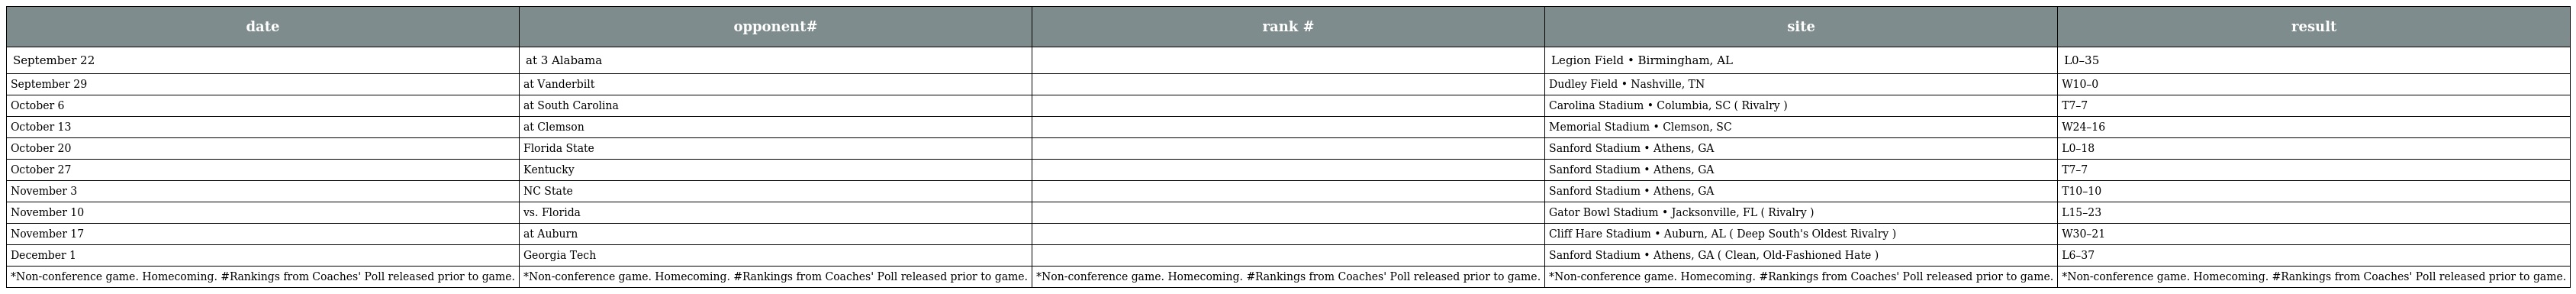
| date | opponent# | rank # | site | result |
 | --- | --- | --- | --- | --- |
 | September 22 | at 3 Alabama |  | Legion Field • Birmingham, AL | L0–35 |
 | September 29 | at Vanderbilt |  | Dudley Field • Nashville, TN | W10–0 |
 | October 6 | at South Carolina |  | Carolina Stadium • Columbia, SC ( Rivalry ) | T7–7 |
 | October 13 | at Clemson |  | Memorial Stadium • Clemson, SC | W24–16 |
 | October 20 | Florida State |  | Sanford Stadium • Athens, GA | L0–18 |
 | October 27 | Kentucky |  | Sanford Stadium • Athens, GA | T7–7 |
 | November 3 | NC State |  | Sanford Stadium • Athens, GA | T10–10 |
 | November 10 | vs. Florida |  | Gator Bowl Stadium • Jacksonville, FL ( Rivalry ) | L15–23 |
 | November 17 | at Auburn |  | Cliff Hare Stadium • Auburn, AL ( Deep South's Oldest Rivalry ) | W30–21 |
 | December 1 | Georgia Tech |  | Sanford Stadium • Athens, GA ( Clean, Old-Fashioned Hate ) | L6–37 |
 | *Non-conference game. Homecoming. #Rankings from Coaches' Poll released prior to game. | *Non-conference game. Homecoming. #Rankings from Coaches' Poll released prior to game. | *Non-conference game. Homecoming. #Rankings from Coaches' Poll released prior to game. | *Non-conference game. Homecoming. #Rankings from Coaches' Poll released prior to game. | *Non-conference game. Homecoming. #Rankings from Coaches' Poll released prior to game. |